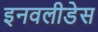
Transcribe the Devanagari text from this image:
इनवलीडेस